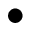
\bullet